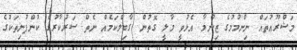
މަޝްރޫއުތައް ނިންމުމުގެ ޒިންމާާ އެޅުވީ މާލީ ގޮތުން ގާބިލްކަމެއް ނެތް ސަރުކާރުގެ ކުންފުނިތަކުގެ